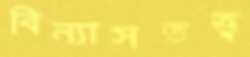
বিন্যাসতত্ত্ব